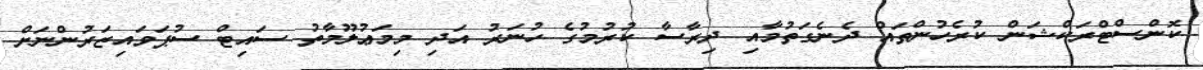
ކޮންސްޓްރަކްޝަން ކުރެހުންތައް ދެނެގަތުމާއި ދިރާސާ ކުރުމުގެ ހުނަރު އަދި މިމަޢުލޫމާތު ސައިޓް ސުޕަވައިޒަރުންނަށް